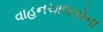
વાહનચાલકોના